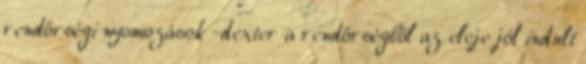
rendőrségi nyomozások -dexter a rendőrségből az eleje jól indult